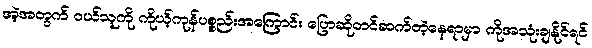
အဲ့အတွက် ၀ယ်သူကို ကိုယ့်ကုန်ပစ္စည်းအကြောင်း ပြောဆိုတင်ဆက်တဲ့နေရာမှာ ကိုအသုံးချနိုင်ရင်